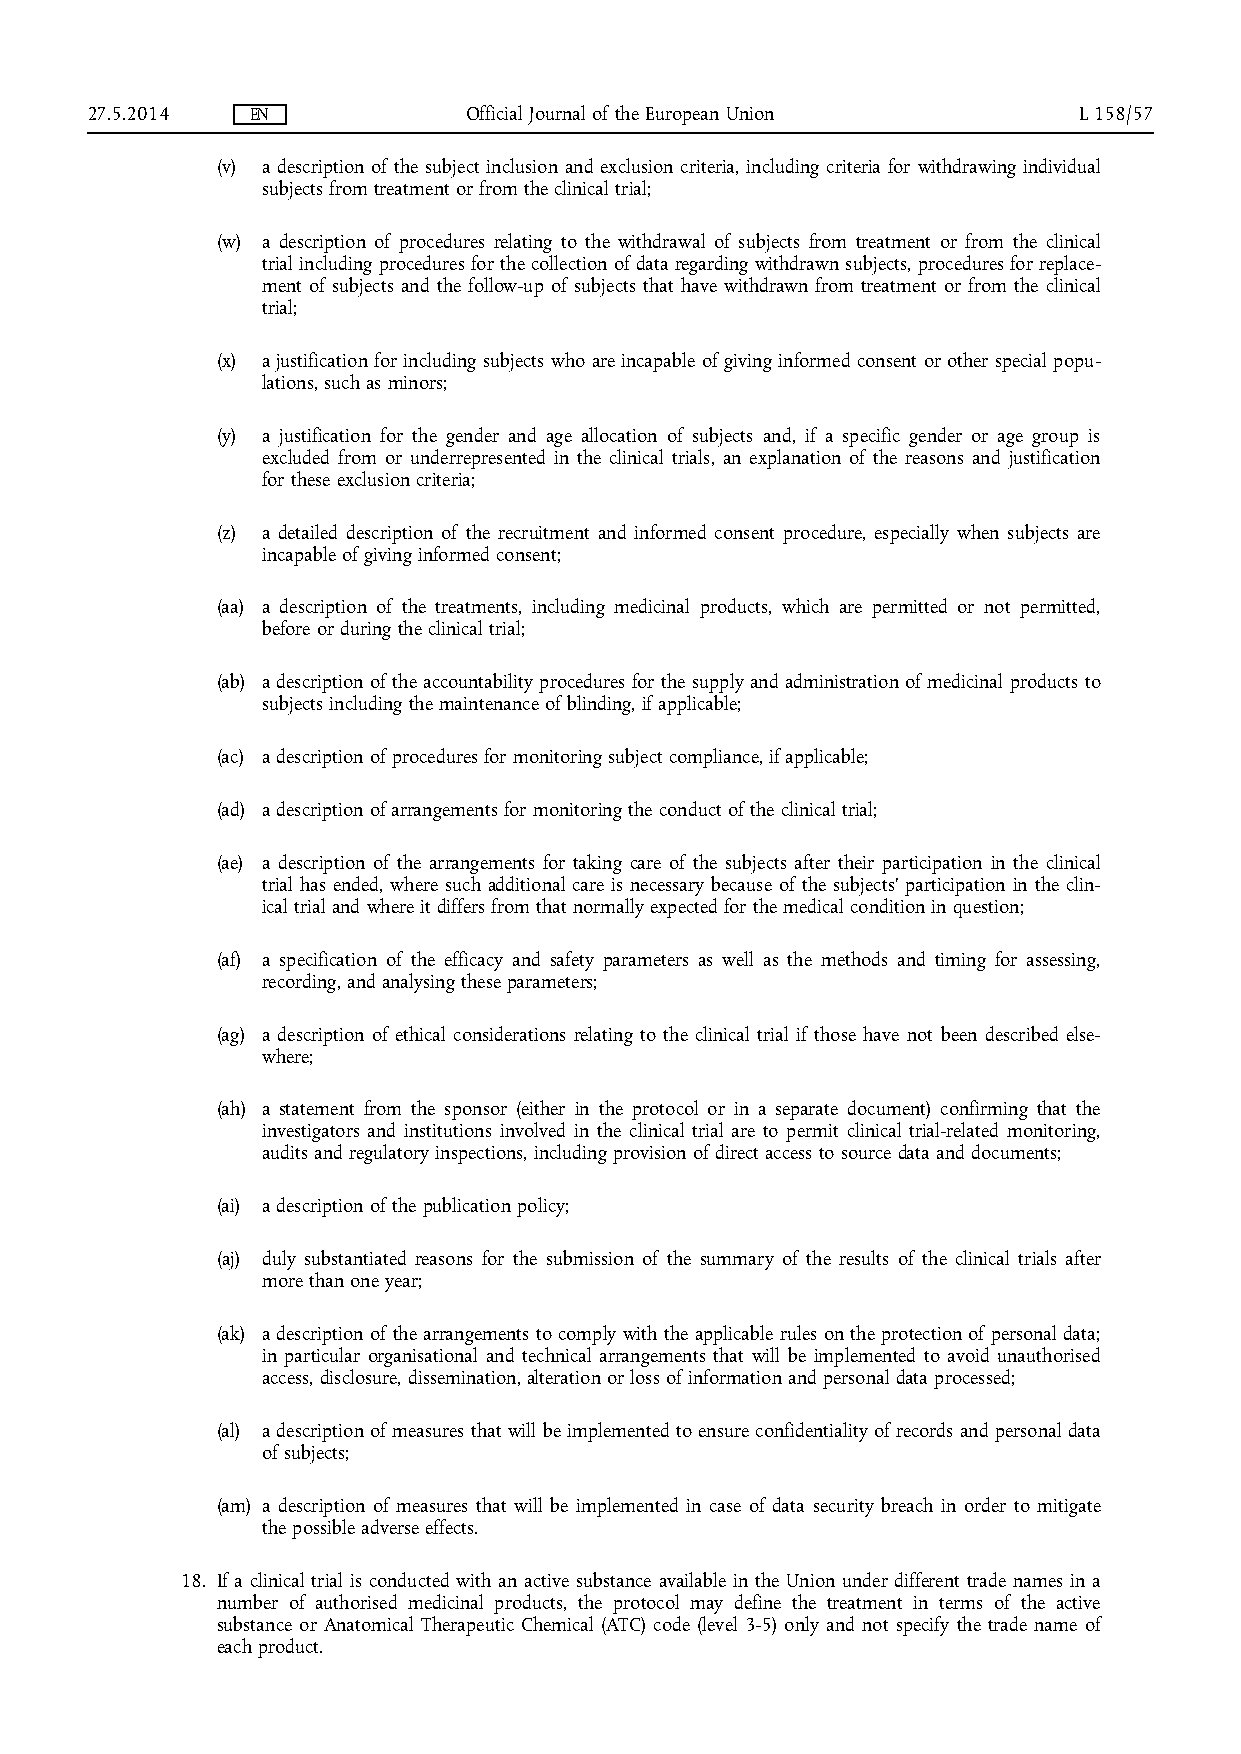
27.5.2014  EN            Official Journal of the European Union  L 158/57
 (v) a description of the subject inclusion and exclusion criteria, including criteria for withdrawing individual
 subjects from treatment or from the clinical trial;
 (w) a description of procedures relating to the withdrawal of subjects from treatment or from the clinical
 trial including procedures for the collection of data regarding withdrawn subjects, procedures for replace­
 ment of subjects and the follow-up of subjects that have withdrawn from treatment or from the clinical
 trial;
 (x) a justification for including subjects who are incapable of giving informed consent or other special popu­
 lations, such as minors;
 (y) a justification for the gender and age allocation of subjects and, if a specific gender or age group is
 excluded from or underrepresented in the clinical trials, an explanation of the reasons and justification
 for these exclusion criteria;
 (z) a detailed description of the recruitment and informed consent procedure, especially when subjects are
 incapable of giving informed consent;
 (aa) a description of the treatments, including medicinal products, which are permitted or not permitted,
 before or during the clinical trial;
 (ab) a description of the accountability procedures for the supply and administration of medicinal products to
 subjects including the maintenance of blinding, if applicable;
 (ac) a description of procedures for monitoring subject compliance, if applicable;
 (ad) a description of arrangements for monitoring the conduct of the clinical trial;
 (ae) a description of the arrangements for taking care of the subjects after their participation in the clinical
 trial has ended, where such additional care is necessary because of the subjects' participation in the clin­
 ical trial and where it differs from that normally expected for the medical condition in question;
 (af) a specification of the efficacy and safety parameters as well as the methods and timing for assessing,
 recording, and analysing these parameters;
 (ag) a description of ethical considerations relating to the clinical trial if those have not been described else­
 where;
 (ah) a statement from the sponsor (either in the protocol or in a separate document) confirming that the
 investigators and institutions involved in the clinical trial are to permit clinical trial-related monitoring,
 audits and regulatory inspections, including provision of direct access to source data and documents;
 (ai) a description of the publication policy;
 (aj) duly substantiated reasons for the submission of the summary of the results of the clinical trials after
 more than one year;
 (ak) a description of the arrangements to comply with the applicable rules on the protection of personal data;
 in particular organisational and technical arrangements that will be implemented to avoid unauthorised
 access, disclosure, dissemination, alteration or loss of information and personal data processed;
 (al) a description of measures that will be implemented to ensure confidentiality of records and personal data
 of subjects;
 (am) a description of measures that will be implemented in case of data security breach in order to mitigate
 the possible adverse effects.
 18. If a clinical trial is conducted with an active substance available in the Union under different trade names in a
 number of authorised medicinal products, the protocol may define the treatment in terms of the active
 substance or Anatomical Therapeutic Chemical (ATC) code (level 3-5) only and not specify the trade name of
 each product.